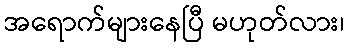
အရောက်များနေပြီ မဟုတ်လား၊